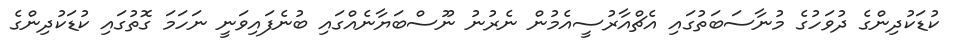
ކުޑަކުދިންގެ ދުވަހުގެ މުނާސަބަތުގައި އެޗްއާރުސީއެމުން ނެރުނު ނޫސްބަޔާނެއްގައި ބުނެފައިވަނީ ނަހަމަ ގޮތުގައި ކުޑަކުދިންގެ